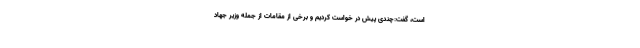
است، گفت:چندی پیش در خواست کردیم و برخی از مقامات از جمله وزیر جهاد